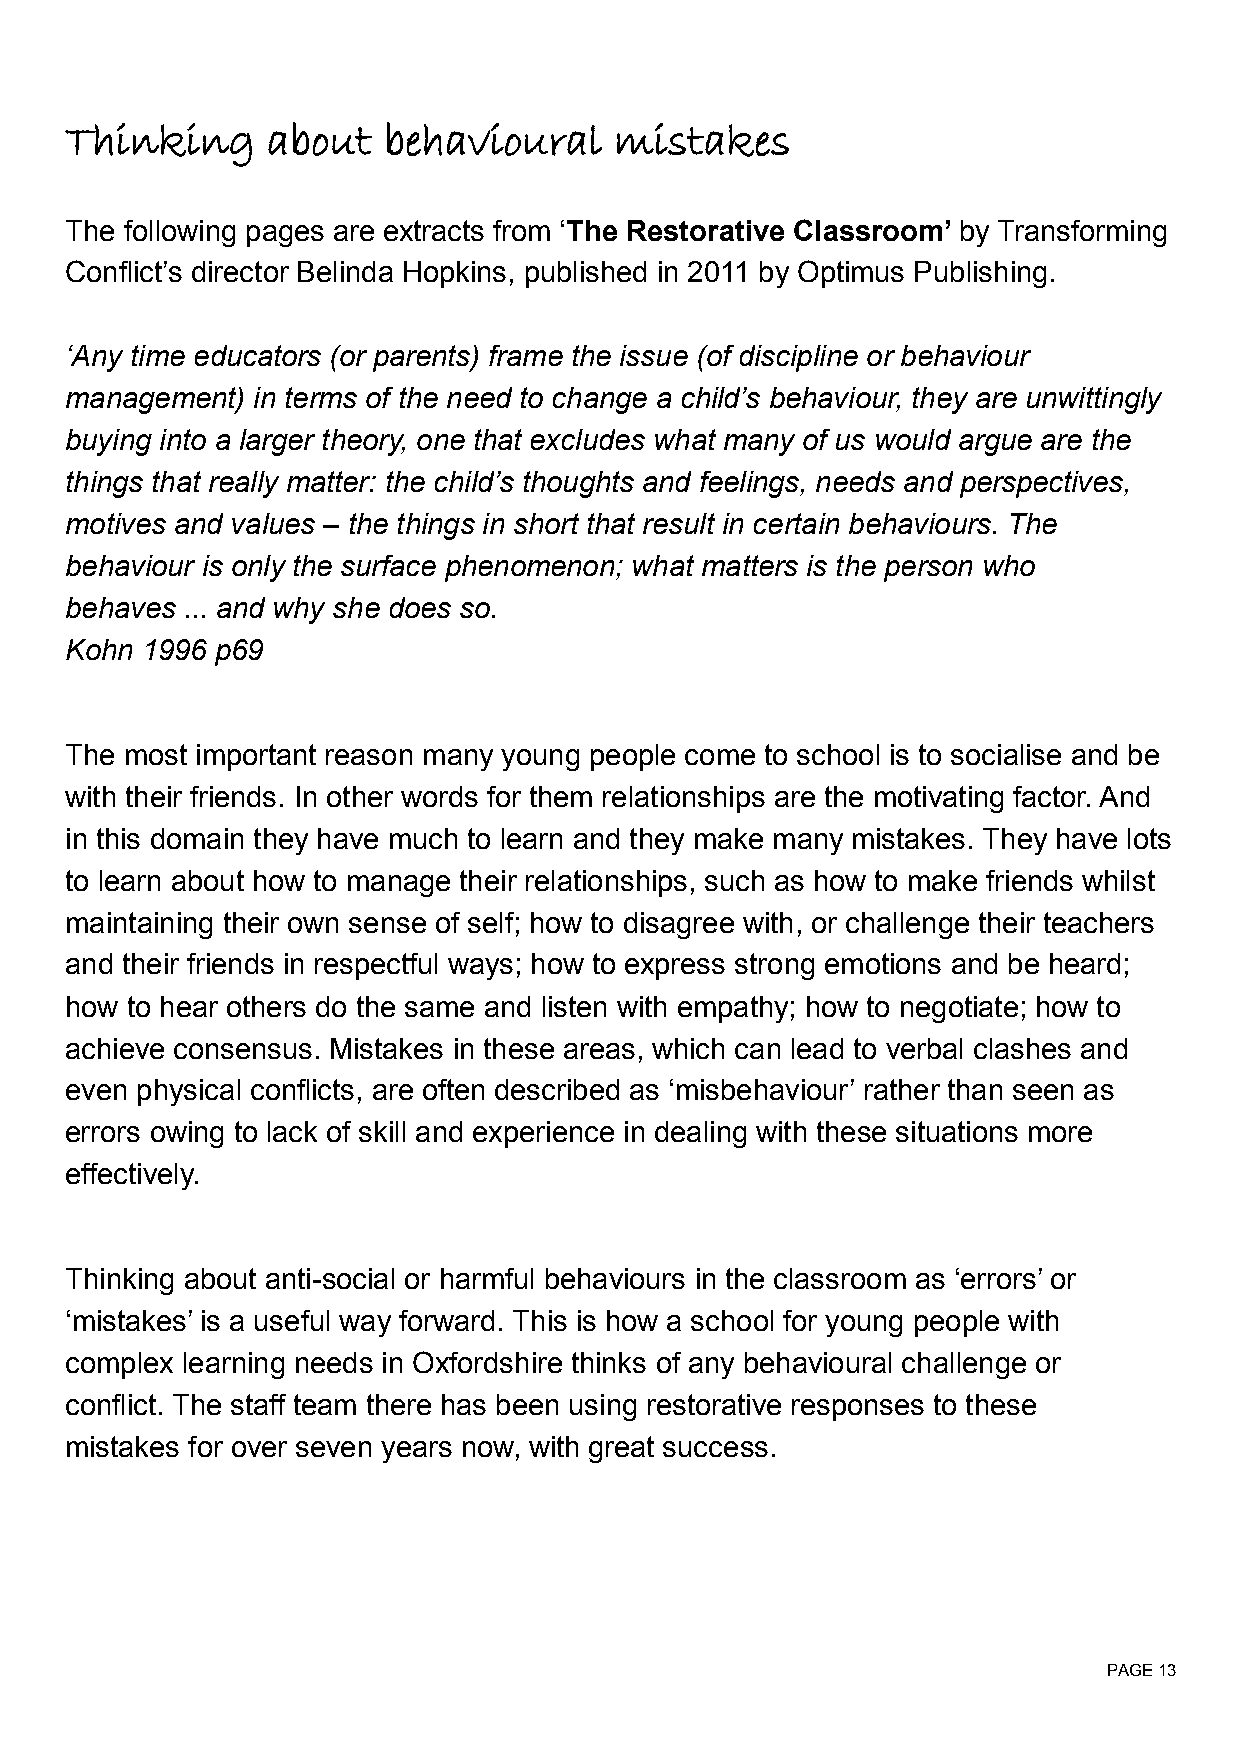
Thinking      about  behavioural     mistakes
 The following pages are extracts from ‘The Restorative Classroom’ by Transforming
 Conflict’s director Belinda Hopkins, published in 2011 by Optimus Publishing.
 ‘Any time educators (or parents) frame the issue (of discipline or behaviour
 management)  in terms of the need to change a child’s behaviour, they are unwittingly
 buying into a larger theory, one that excludes what many of us would argue are the
 things that really matter: the child’s thoughts and feelings, needs and perspectives,
 motives and values – the things in short that result in certain behaviours. The
 behaviour is only the surface phenomenon; what matters is the person who
 behaves ... and why she does so.
 Kohn 1996 p69
 The most important reason many young people come to school is to socialise and be
 with their friends. In other words for them relationships are the motivating factor. And
 in this domain they have much to learn and they make many mistakes. They have lots
 to learn about how to manage their relationships, such as how to make friends whilst
 maintaining their own sense of self; how to disagree with, or challenge their teachers
 and their friends in respectful ways; how to express strong emotions and be heard;
 how to hear others do the same and listen with empathy; how to negotiate; how to
 achieve consensus. Mistakes in these areas, which can lead to verbal clashes and
 even physical conflicts, are often described as ‘misbehaviour’ rather than seen as
 errors owing to lack of skill and experience in dealing with these situations more
 effectively.
 Thinking about anti-social or harmful behaviours in the classroom as ‘errors’ or
 ‘mistakes’ is a useful way forward. This is how a school for young people with
 complex learning needs in Oxfordshire thinks of any behavioural challenge or
 conflict. The staff team there has been using restorative responses to these
 mistakes for over seven years now, with great success.
 PAGE 13